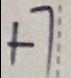
+ 7